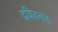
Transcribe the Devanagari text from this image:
द्रविड़नाड़